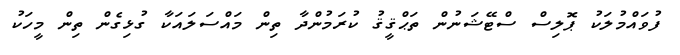
ފުވައްމުލަކު ޕޮލިސް ސްޓޭޝަނުން ތަޙްޤީޤު ކުރަމުންދާ ތިން މައްސަލައަކާ ގުޅިގެން ތިން މީހަކު